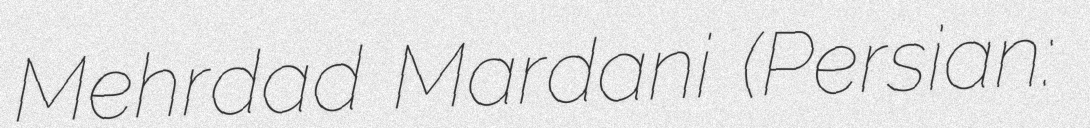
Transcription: Mehrdad Mardani (Persian: مهرداد